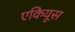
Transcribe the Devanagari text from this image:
एकियूस